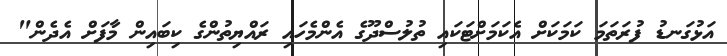
އަޅުގަނޑު ފުރަތަމަ ކަމަކަށް އެކަމަށްޓަކައި ތުލުސްދޫގެ އެންމެހައި ރައްޔިތުންގެ ކިބައިން މާފަށް އެދެން"